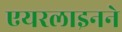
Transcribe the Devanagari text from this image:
एयरलाइनने